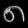
Digit: ၈